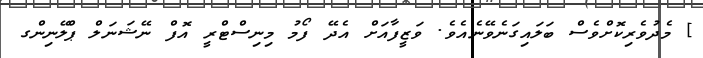
] މެދުވެރިކޮށްވެސް ބަލައިގަނެވޭނެއެވެ. ވަޒީފާއަށް އެދޭ ފޯމު މިނިސްޓްރީ އޮފް ނޭޝަނަލް ޕްލޭނިންގ